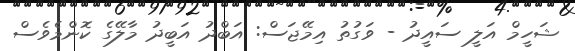
ޝަހީމް އަލީ ސައީދު - ވަގުތު އިމޭޖަސް: އަބްދު އަބީދު މާލޭގެ ކޮންމެވެސް